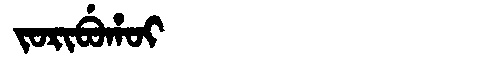
Manchu: ᠵᠣᡵᡳᠪᡠᡥᠣᡳ
Romanization: JORIBUHOI